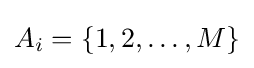
A_{i}=\{1,2,\ldots ,M\}